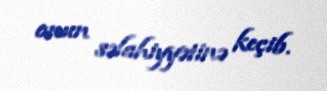
onun səlahiyyətinə keçib.